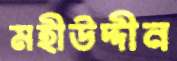
মহীউদ্দীন